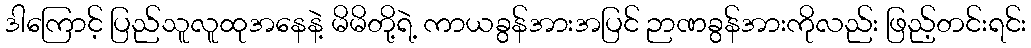
ဒါကြောင့် ပြည်သူလူထုအနေနဲ့ မိမိတို့ရဲ့ ကာယခွန်အားအပြင် ဉာဏခွန်အားကိုလည်း ဖြည့်တင်းရင်း